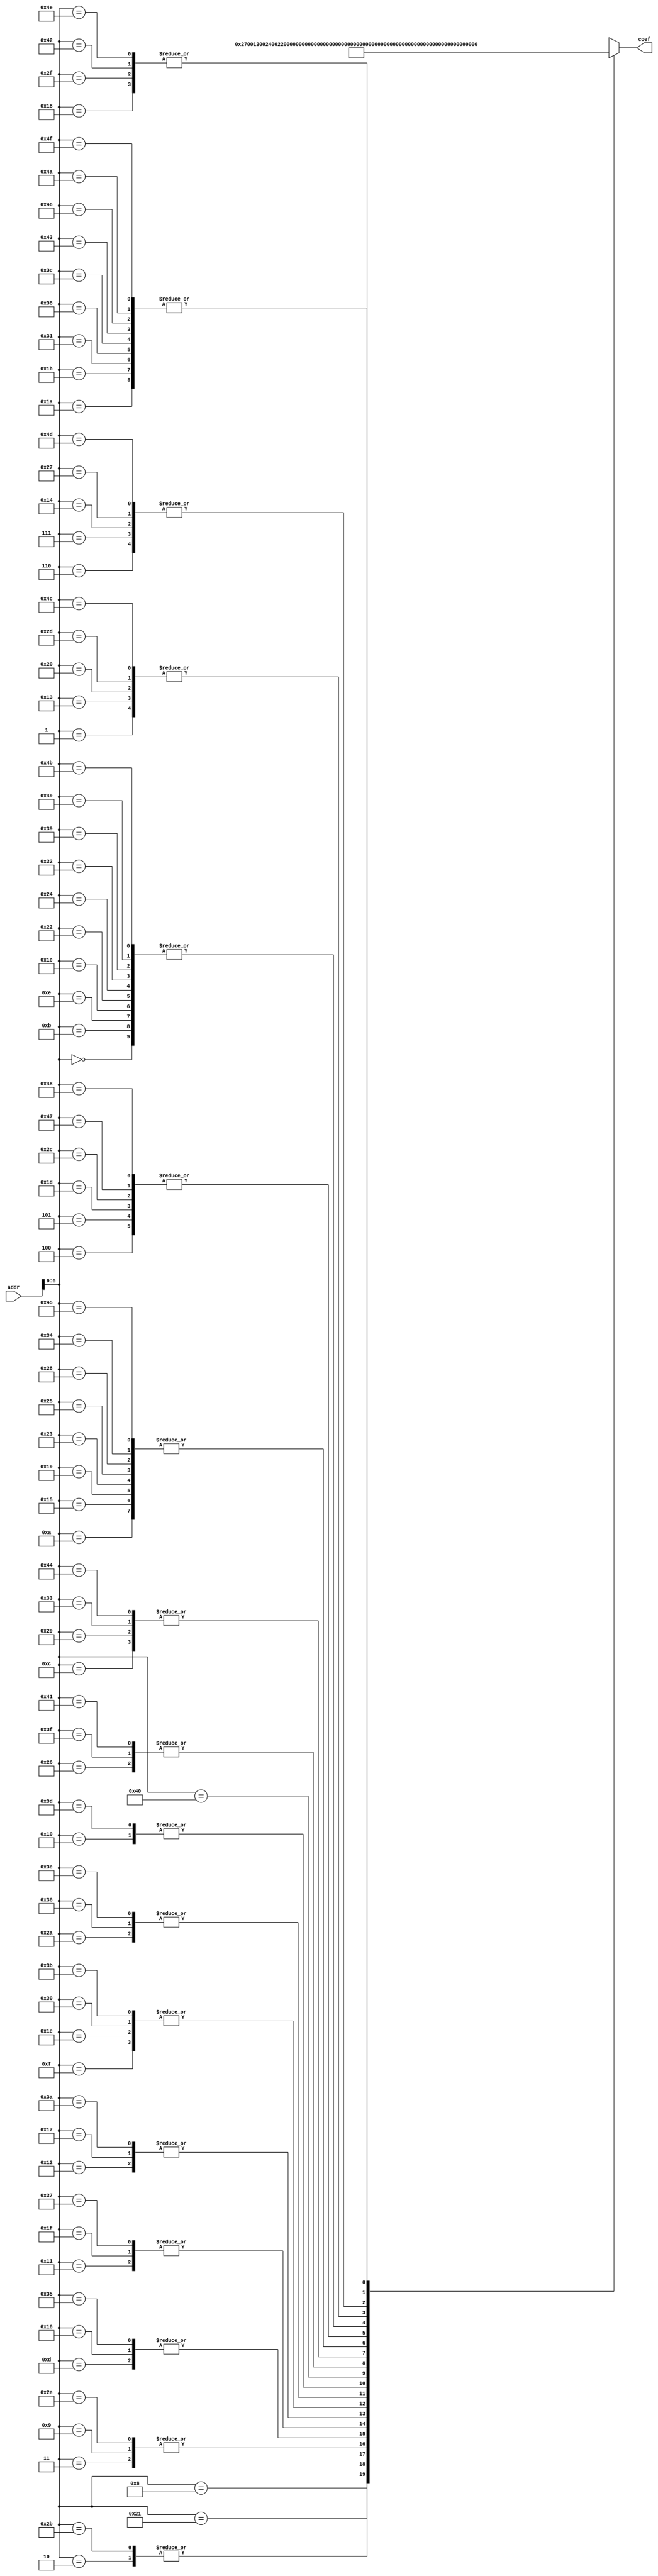
/*
date:2018/5/8
FPGA
2FFT-verilog2
*/

module fA_sram_2 #(
  parameter WIDTH_A = 12
)
(
   input [WIDTH_A-1:0] addr,
   
   output[15:0]  coef

);
   

wire [15:0] Coef [0:79];
assign Coef[0] = 'h001e;
assign Coef[1] = 'h001f;
assign Coef[2] = 'h0024;
assign Coef[3] = 'h0022;
assign Coef[4] = 'h0018;
assign Coef[5] = 'h0018;
assign Coef[6] = 'h001a;
assign Coef[7] = 'h001a;
assign Coef[8] = 'h0027;
assign Coef[9] = 'h0022;
assign Coef[10] = 'h001c;
assign Coef[11] = 'h001e;
assign Coef[12] = 'h0021;
assign Coef[13] = 'h0014;
assign Coef[14] = 'h001e;
assign Coef[15] = 'h0017;
assign Coef[16] = 'h0026;
assign Coef[17] = 'h0015;
assign Coef[18] = 'h0019;
assign Coef[19] = 'h001f;
assign Coef[20] = 'h001a;
assign Coef[21] = 'h001c;
assign Coef[22] = 'h0014;
assign Coef[23] = 'h0019;
assign Coef[24] = 'h001d;
assign Coef[25] = 'h001c;
assign Coef[26] = 'h001b;
assign Coef[27] = 'h001b;
assign Coef[28] = 'h001e;
assign Coef[29] = 'h0018;
assign Coef[30] = 'h0017;
assign Coef[31] = 'h0015;
assign Coef[32] = 'h001f;
assign Coef[33] = 'h0013;
assign Coef[34] = 'h001e;
assign Coef[35] = 'h001c;
assign Coef[36] = 'h001e;
assign Coef[37] = 'h001c;
assign Coef[38] = 'h0020;
assign Coef[39] = 'h001a;
assign Coef[40] = 'h001c;
assign Coef[41] = 'h0021;
assign Coef[42] = 'h0016;
assign Coef[43] = 'h0024;
assign Coef[44] = 'h0018;
assign Coef[45] = 'h001f;
assign Coef[46] = 'h0022;
assign Coef[47] = 'h001d;
assign Coef[48] = 'h0017;
assign Coef[49] = 'h001b;
assign Coef[50] = 'h001e;
assign Coef[51] = 'h0021;
assign Coef[52] = 'h001c;
assign Coef[53] = 'h0014;
assign Coef[54] = 'h0016;
assign Coef[55] = 'h0015;
assign Coef[56] = 'h001b;
assign Coef[57] = 'h001e;
assign Coef[58] = 'h0019;
assign Coef[59] = 'h0017;
assign Coef[60] = 'h0016;
assign Coef[61] = 'h0026;
assign Coef[62] = 'h001b;
assign Coef[63] = 'h0020;
assign Coef[64] = 'h0025;
assign Coef[65] = 'h0020;
assign Coef[66] = 'h001d;
assign Coef[67] = 'h001b;
assign Coef[68] = 'h0021;
assign Coef[69] = 'h001c;
assign Coef[70] = 'h001b;
assign Coef[71] = 'h0018;
assign Coef[72] = 'h0018;
assign Coef[73] = 'h001e;
assign Coef[74] = 'h001b;
assign Coef[75] = 'h001e;
assign Coef[76] = 'h001f;
assign Coef[77] = 'h001a;
assign Coef[78] = 'h001d;
assign Coef[79] = 'h001b;


assign   coef= Coef[addr];
endmodule